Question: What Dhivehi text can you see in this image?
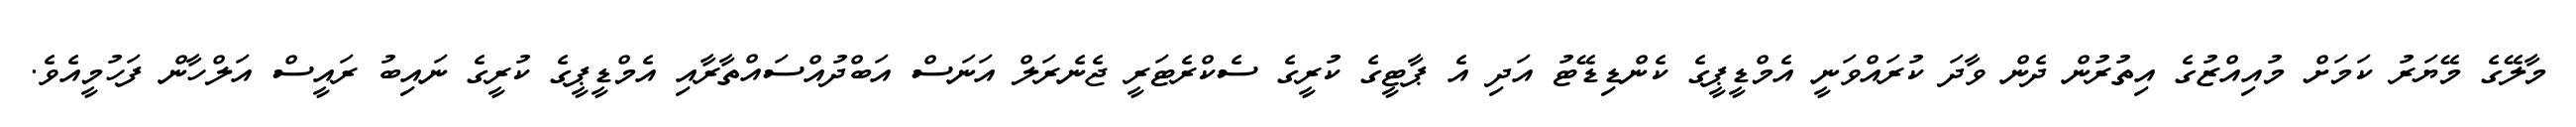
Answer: މާލޭގެ މޭޔަރު ކަމަށް މުއިއްޒުގެ އިތުރުން ދެން ވާދަ ކުރައްވަނީ އެމްޑީޕީގެ ކެންޑިޑޭޓު އަދި އެ ޕާޓީގެ ކުރީގެ ސެކްރެޓަރީ ޖެނެރަލް އަނަސް އަބްދުއްސައްތާރާއި އެމްޑީޕީގެ ކުރީގެ ނައިބު ރައީސް އަލްހާން ފަހުމީއެވެ.